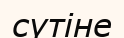
сүтіне